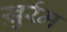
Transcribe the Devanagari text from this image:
ख़ुर्रम